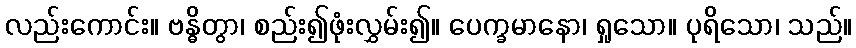
လည်းကောင်း။ ဗန္ဓိတွာ၊ စည်း၍ဖုံးလွှမ်း၍။ ပေက္ခမာနော၊ ရှုသော။ ပုရိသော၊ သည်။